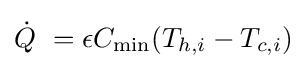
{\dot {Q}}\ =\epsilon C_{\mathrm {min} }(T_{h,i}-T_{c,i})